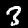
Digit: 3